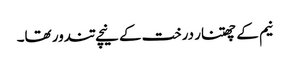
نیم کے چھتنار درخت کے نیچے تندور تھا۔